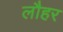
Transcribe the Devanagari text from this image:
लौहर